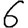
Digit: 6